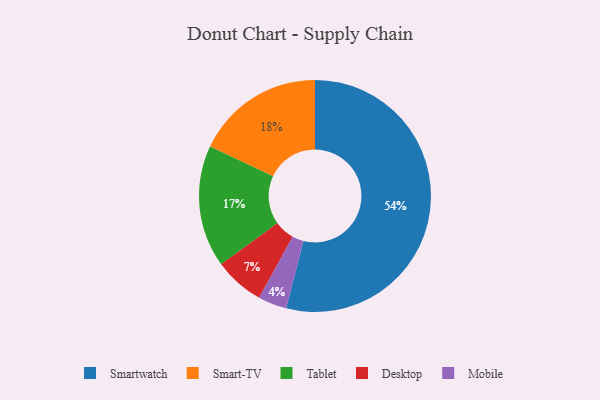
{"axis": {"x": "Category", "y": "Percentage"}, "legend": ["Desktop", "Mobile", "Smart-TV", "Smartwatch", "Tablet"], "data": [{"x": "Desktop", "y": 7, "type": "Desktop"}, {"x": "Tablet", "y": 17, "type": "Tablet"}, {"x": "Mobile", "y": 4, "type": "Mobile"}, {"x": "Smart-TV", "y": 18, "type": "Smart-TV"}, {"x": "Smartwatch", "y": 54, "type": "Smartwatch"}]}